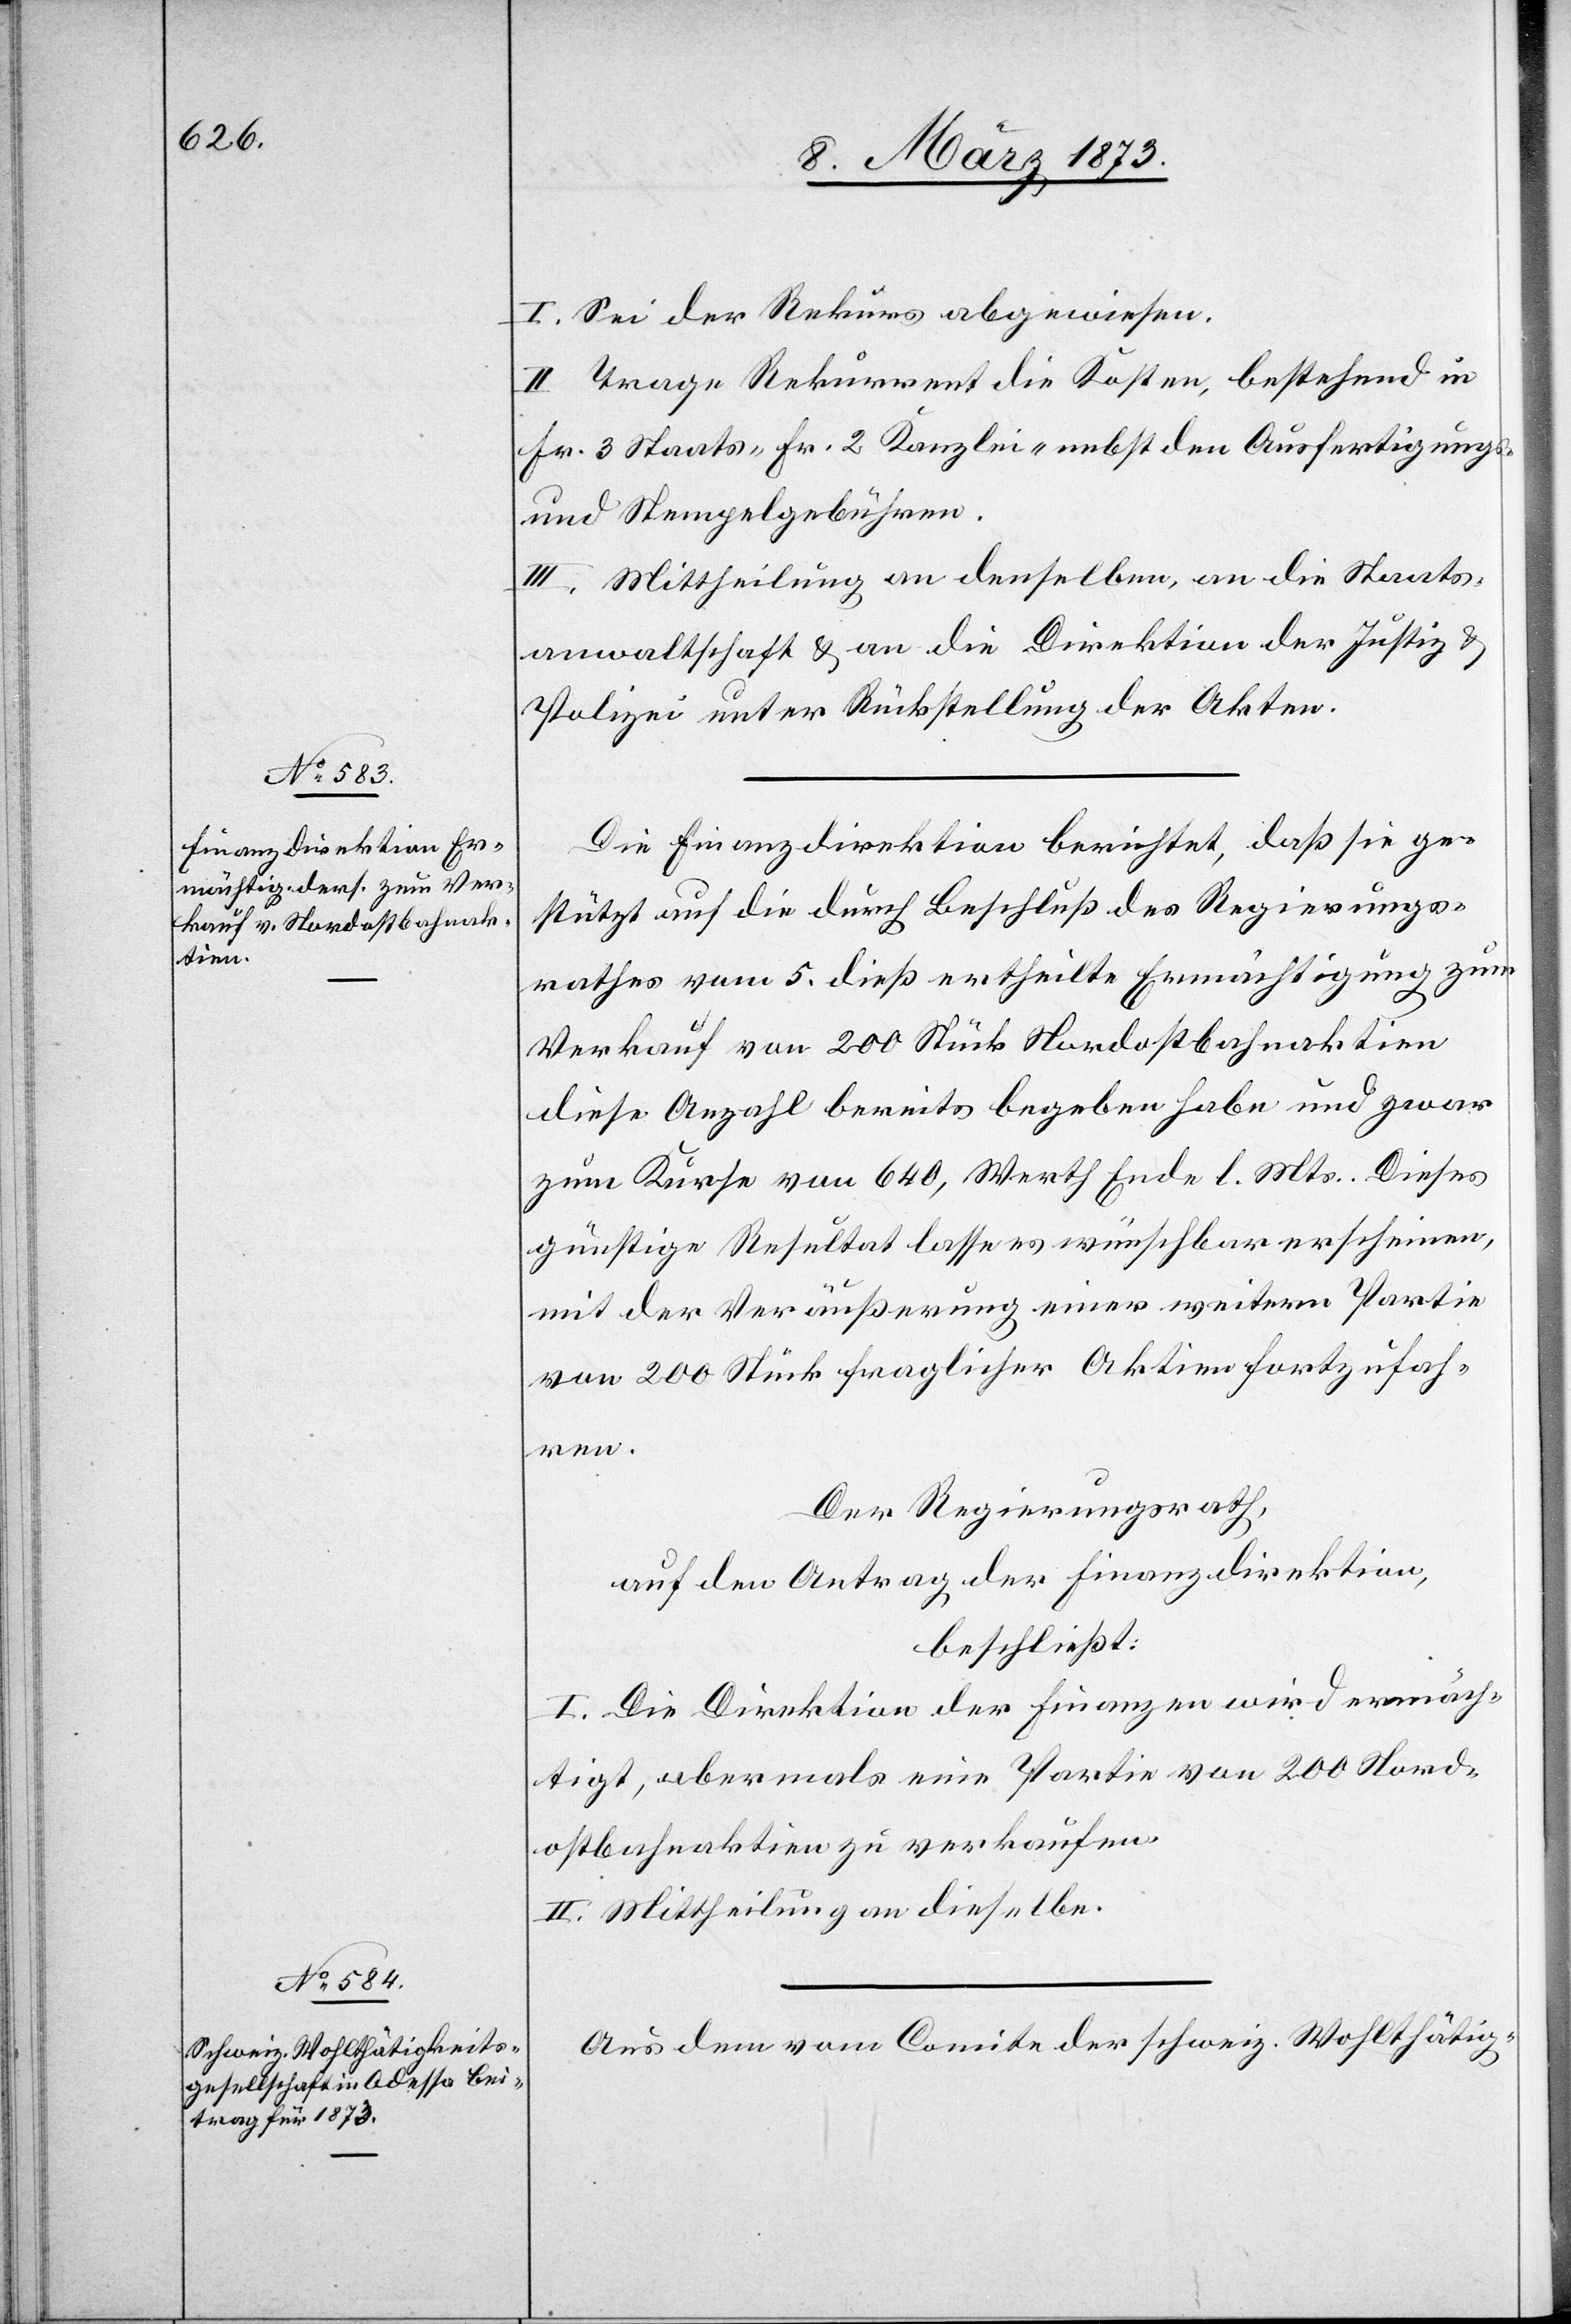
I. Sei der Rekurs abgewiesen.
II. Trage Rekurrent die Kosten, bestehend in
Fr. 3 Staats-[,] Fr. 2 Kanzlei- nebst den Ausfertigungs-
und Stempelgebühren.
III. Mittheilung an denselben, an die Staats¬
anwaltschaft u. an die Direktion der Justiz u.
Polizei unter Rückstellung der Akten.
Die Finanzdirektion berichtet, daß sie ge¬
stützt auf die durch Beschluß des Regierungs¬
rathes vom 5. dieß ertheilte Ermächtigung zum
Verkauf von 200 Stück Nordostbahnaktien
diese Anzahl bereits begeben habe und zwar
zum Kurse von 640, Werth Ende l. Mts. Dieses
günstige Resultat lasse es wünschbar erscheinen,
mit der Veräußerung einer weitern Partie
von 200 Stück fraglicher Aktien fortzufah¬
ren.
Der Regierungsrath,
auf den Antrag der Finanzdirektion,
beschließt:
I. Die Direktion der Finanzen wird ermäch¬
tigt, abermals eine Partie von 200 Nord¬
ostbahnaktien zu verkaufen.
II. Mittheilung an dieselbe.
Aus dem vom Comite der schweiz. Wohlthätig-